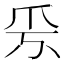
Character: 𤓹